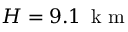
H = 9 . 1 \, \mathrm { ~ k ~ m ~ }